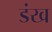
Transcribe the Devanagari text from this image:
डंख